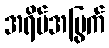
အရိပ်အမြွက်